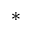
^ *